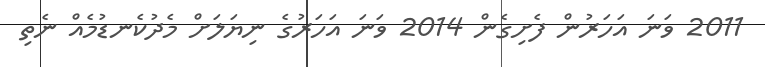
2011 ވަނަ އަހަރުން ފެށިގެން 2014 ވަނަ އަހަރުގެ ނިޔަލަށް މެދުކެނޑުމެއް ނެތި